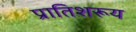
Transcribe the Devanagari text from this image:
प्रातिशरूय